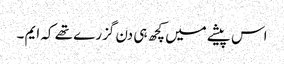
اس پیشے میں کچھ ہی دن گزرے تھے کہ ایم ۔